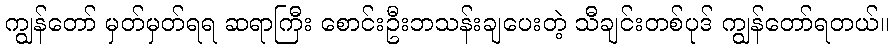
ကျွန်တော် မှတ်မှတ်ရရ ဆရာကြီး စောင်းဦးဘသန်းချပေးတဲ့ သီချင်းတစ်ပုဒ် ကျွန်တော်ရတယ်။